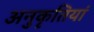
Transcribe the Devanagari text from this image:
अनुकृतियां